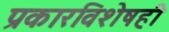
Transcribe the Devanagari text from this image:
प्रकारविशेषही